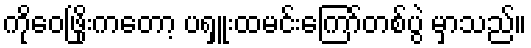
ကိုဝေဖြိုးကတော့ ပရှူးထမင်းကြော်တစ်ပွဲ မှာသည်။